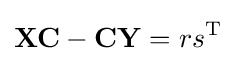
\mathbf {XC} -\mathbf {CY} =rs^{\mathrm {T} }